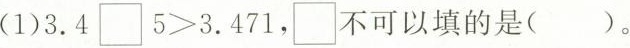
(1)$$3.4\square5＞3.471$$，\square不可以填的是（）。